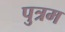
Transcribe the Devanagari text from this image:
पुत्रम